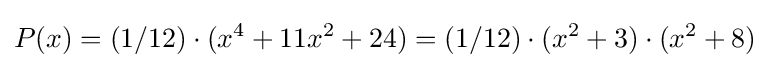
P(x)=(1/12)\cdot (x^{4}+11x^{2}+24)=(1/12)\cdot (x^{2}+3)\cdot (x^{2}+8)